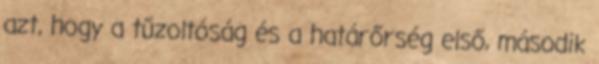
azt, hogy a tűzoltóság és a határőrség első, második